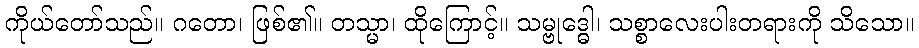
ကိုယ်တော်သည်။ ဂတော၊ ဖြစ်၏။ တသ္မာ၊ ထိုကြောင့်။ သမ္ဗုဒ္ဓေါ၊ သစ္စာလေးပါးတရားကို သိသော။